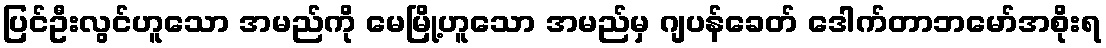
ပြင်ဦးလွင်ဟူသော အမည်ကို မေမြို့ဟူသော အမည်မှ ဂျပန်ခေတ် ဒေါက်တာဘမော်အစိုးရ